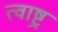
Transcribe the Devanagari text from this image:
त्वाष्ट्र